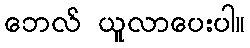
ဘေလ် ယူလာပေးပါ။